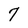
Character: 7